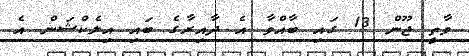
ވާތީ ޖޫން 13 ގައި ބާއްވާ އެ ދާއިރާގެ ބައި އިލެކްޝަން އެ